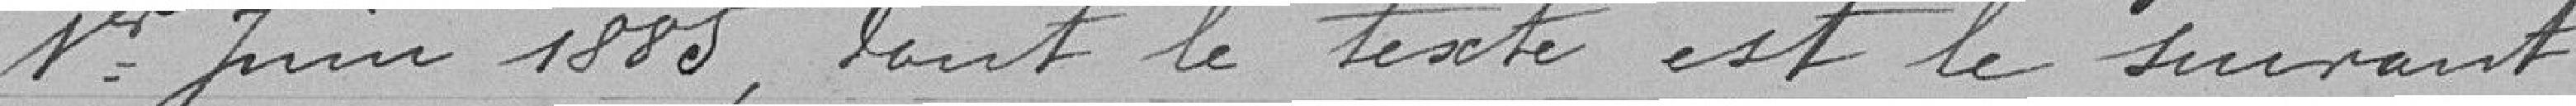
1er juin 1885, dont le texte est le suivant :